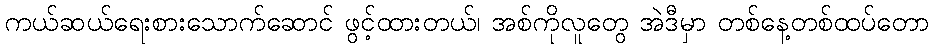
ကယ်ဆယ်ရေးစားသောက်ဆောင် ဖွင့်ထားတယ်၊ အစ်ကိုလူတွေ အဲဒီမှာ တစ်နေ့တစ်ထပ်တော